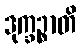
ဒုက္ခဉ္စာတိ